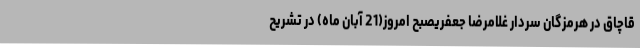
قاچاق در هرمزگان سردار غلامرضا جعفریصبح امروز(21 آبان ماه) در تشریح